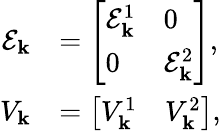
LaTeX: \begin{array}{rl}{\mathcal{E}_{\mathbf{k}}}&{=\left[\begin{array}{ll}{\mathcal{E}_{\mathbf{k}}^{1}}&{0}\\ {0}&{\mathcal{E}_{\mathbf{k}}^{2}}\end{array}\right],}\\ {V_{\mathbf{k}}}&{=\left[\begin{array}{ll}{V_{\mathbf{k}}^{1}}&{V_{\mathbf{k}}^{2}}\end{array}\right],}\end{array}